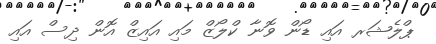
ޕްލެޝަރ އައި ޑޯން ވޮނާ ކްލޯޒް މައި އައިޒް އޮން ދިސް އައި